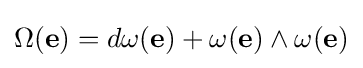
\Omega (\mathbf {e} )=d\omega (\mathbf {e} )+\omega (\mathbf {e} )\wedge \omega (\mathbf {e} )